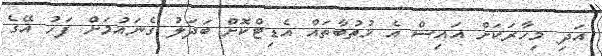
އަދި މިހާރަކަށް އައިސް އެ ޚުތުބާތައް އެޑިޓްކޮށް ބަދަލު ގެނައުމަށް ފަހު އޭގެ